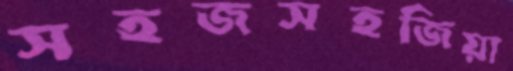
সহজসহজিয়া